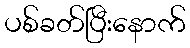
ပစ်ခတ်ပြီးနောက်